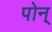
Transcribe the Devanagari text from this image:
पोन्